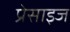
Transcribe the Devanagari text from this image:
प्रेसाइज